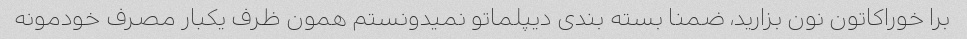
برا خوراکاتون نون بزارید، ضمنا بسته بندی دیپلماتو نمیدونستم همون ظرف یکبار مصرف خودمونه